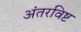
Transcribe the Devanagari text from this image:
अंतरविष्ट